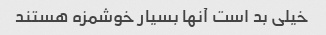
خیلی بد است آنها بسیار خوشمزه هستند